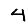
Digit: 4